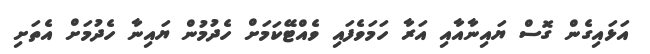
އަޅައިގެން ގޮސް ޔައިނާއާއި އަރާ ހަމަވެފައި ވެއްޓޭކަމަށް ހެދުމުން ޔައިނާ ހެދުމަށް އެތަށި